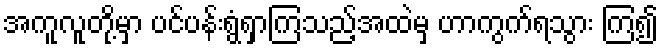
အကူလူတို့မှာ ပင်ပန်းရွံရှာကြသည့်အထဲမှ ဟာကွက်ရသွား ကြ၍